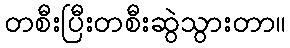
တစီးပြီးတစီးဆွဲသွားတာ။